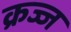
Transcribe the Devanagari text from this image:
क्रज्ज